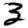
Digit: 3